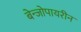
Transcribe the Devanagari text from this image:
बेन्जोपायरीन